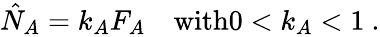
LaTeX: \begin{array}{r}{\hat{N}_{A}=k_{A}F_{A}\quad\mathrm{with}0<k_{A}<1\ .}\end{array}